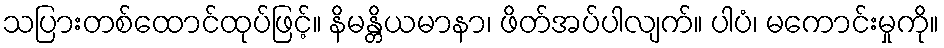
သပြားတစ်ထောင်ထုပ်ဖြင့်။ နိမန္တိယမာနာ၊ ဖိတ်အပ်ပါလျက်။ ပါပံ၊ မကောင်းမှုကို။